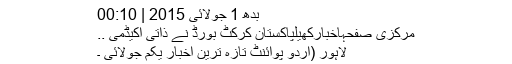
بدھ 1 جولائی 2015 | 00:10
مرکزی صفحہاخبارکھیلپاکستان کرکٹ بورڈ نے ذاتی اکیڈمی ..
لاہور (اردو پوائنٹ تازہ ترین اخبار یکم جولائی ۔